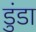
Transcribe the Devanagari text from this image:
डुंडा